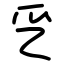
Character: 㐍